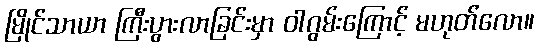
မြိုင်သာယာ ကြီးပွားလာခြင်းမှာ ဝါဂွမ်းကြောင့် မဟုတ်လော။